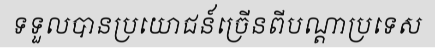
ទទួលបានប្រយោជន៍ច្រើនពីបណ្តាប្រទេស